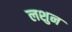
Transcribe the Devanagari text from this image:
लशुन